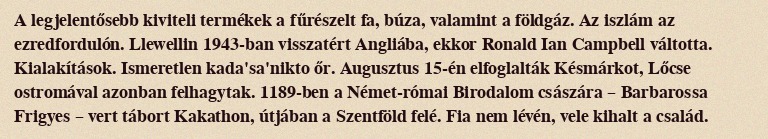
A legjelentősebb kiviteli termékek a fűrészelt fa, búza, valamint a földgáz. Az iszlám az ezredfordulón. Llewellin 1943-ban visszatért Angliába, ekkor Ronald Ian Campbell váltotta. Kialakítások. Ismeretlen kada'sa'nikto őr. Augusztus 15-én elfoglalták Késmárkot, Lőcse ostromával azonban felhagytak. 1189-ben a Német-római Birodalom császára – Barbarossa Frigyes – vert tábort Kakathon, útjában a Szentföld felé. Fia nem lévén, vele kihalt a család.